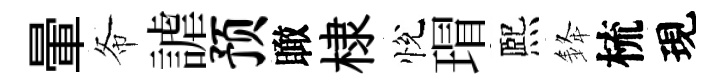
暈𢁙謔预瞰棣悅瑁熈𨦟梳現